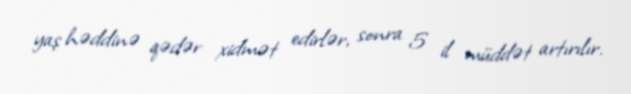
yaş həddinə qədər xidmət edirlər, sonra 5 il müddət artırılır.